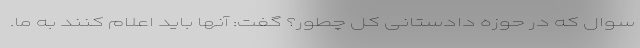
سوال که در حوزه دادستانی کل چطور؟ گفت: آنها باید اعلام کنند به ما.